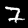
Digit: 7